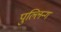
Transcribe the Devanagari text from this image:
पुल्लिन्ग